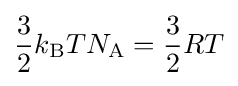
{\frac {3}{2}}k_{\text{B}}TN_{\text{A}}={\frac {3}{2}}RT